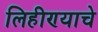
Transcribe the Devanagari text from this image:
लिहीण्याचे